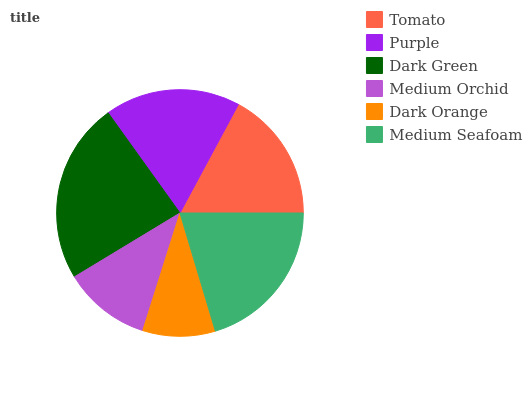
| Tomato | Purple | Dark Green | Medium Orchid | Dark Orange | Medium Seafoam |
 | --- | --- | --- | --- | --- | --- |
 | 17.2% | 17.8% | 23.7% | 11.5% | 9.5% | 20.4% |